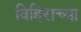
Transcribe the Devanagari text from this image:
विहिराच्या